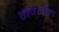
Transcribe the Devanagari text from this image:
रोवरॉल